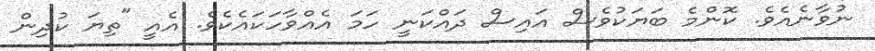
ނުވާނެއެވެ. ކޮންމެ ބަޔަކުވެސް އައިސް ދައްކަނީ ހަމަ އެއްވާހަކައެކެވެ. އެއީ "ތިޔަ ކުދިން